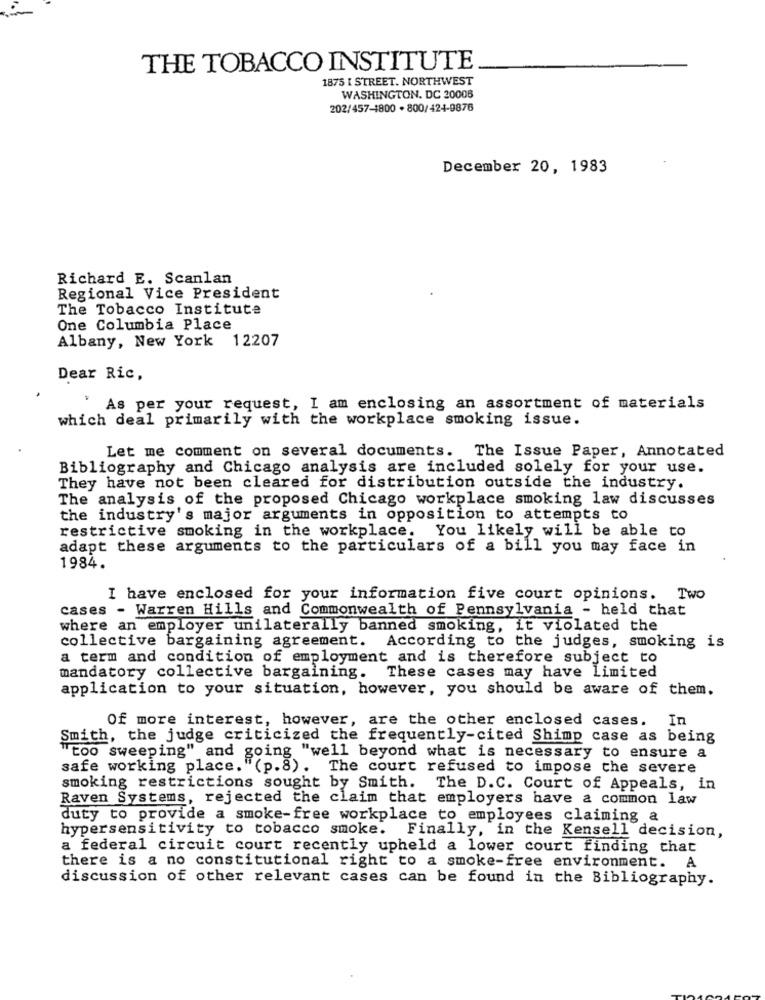
THE TOBACCO INSTITUTE
1875 I STREET. NORTHWEST
WASHINGTON, DC 20008
202/457-1800 . 800/424-9876
December 20, 1983
Richard E. Scanlan
Regional Vice President
The Tobacco Institute
One Columbia Place
Albany, New York 12207
Dear Ric,
As per your request, I am enclosing an assortment of materials
which deal primarily with the workplace smoking issue.
Let me comment on several documents. The Issue Paper, Annotated
Bibliography and Chicago analysis are included solely for your use.
They have not been cleared for distribution outside the industry.
The analysis of the proposed Chicago workplace smoking law discusses
the industry's major arguments in opposition to attempts to
restrictive smoking in the workplace. You likely will be able to
adapt these arguments to the particulars of a bill you may face in
1984.
I have enclosed for your information five court opinions. Two
cases - Warren Hills and Commonwealth of Pennsylvania - held that
where an employer unilaterally banned smoking, it violated the
collective bargaining agreement. According to the judges, smoking is
a term and condition of employment and is therefore subject to
mandatory collective bargaining. These cases may have limited
application to your situation, however, you should be aware of them.
Of more interest, however, are the other enclosed cases. In
Smith, the judge criticized the frequently-cited Shimp case as being
"too sweeping" and going "well beyond what is necessary to ensure a
safe working place. "(p.8). The court refused to impose the severe
smoking restrictions sought by Smith. The D.C. Court of Appeals, in
Raven Systems, rejected the claim that employers have a common law
duty to provide a smoke-free workplace to employees claiming a
hypersensitivity to tobacco smoke. Finally, in the Kensell decision,
a federal circuit court recently upheld a lower court finding that
there is a no constitutional right to a smoke-free environment.
discussion of other relevant cases can be found in the Bibliography.